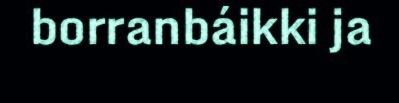
borranbáikki ja